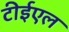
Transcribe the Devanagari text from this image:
टीईएल